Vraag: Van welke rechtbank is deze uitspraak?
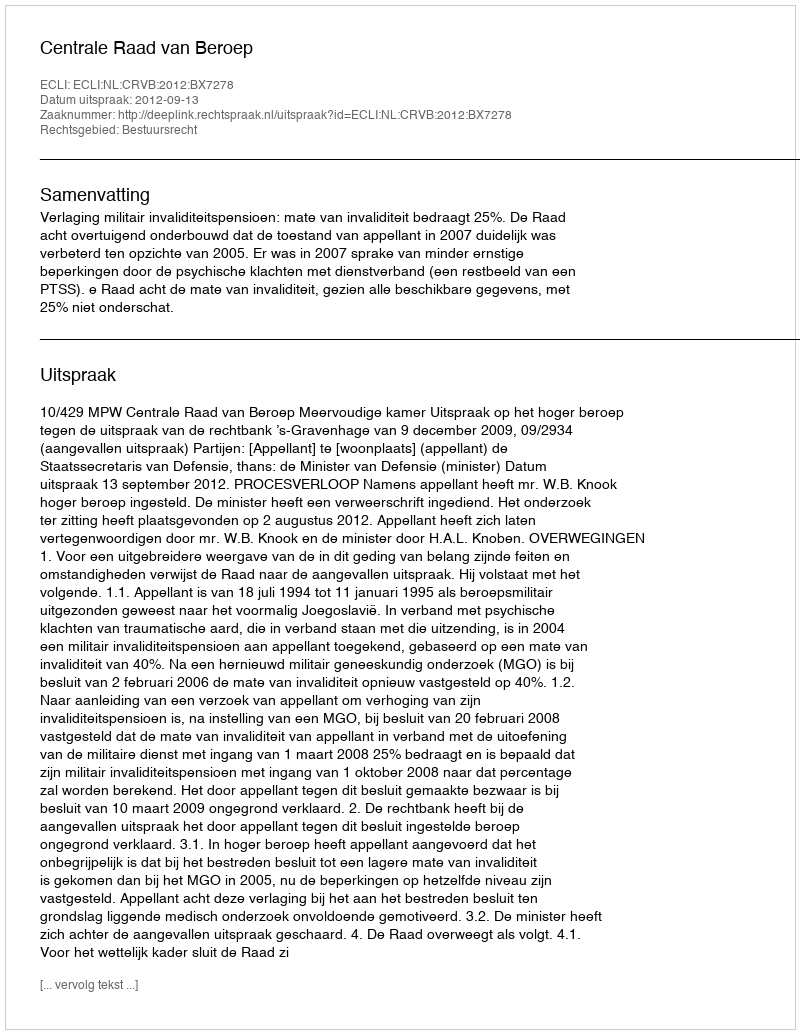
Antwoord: Centrale Raad van Beroep